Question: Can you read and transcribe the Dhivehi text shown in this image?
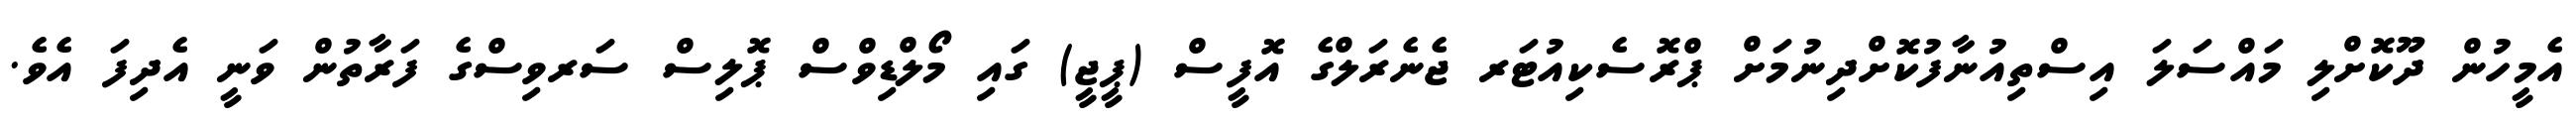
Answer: އެމީހުން ދޫކޮށްލި މައްސަލަ އިސްތިއުނާފުކޮށްދިނުމަށް ޕްރޮސެކިއުޓަރ ޖެނެރަލްގެ އޮފީސް (ޕީޖީ) ގައި މޯލްޑިވްސް ޕޮލިސް ސަރވިސްގެ ފަރާތުން ވަނީ އެދިފަ އެވެ.